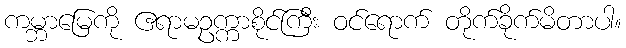
ကမ္ဘာမြေကို ဧရာမဥက္ကာစိုင်ကြီး ဝင်ရောက် တိုက်ခိုက်မိတာပါ။